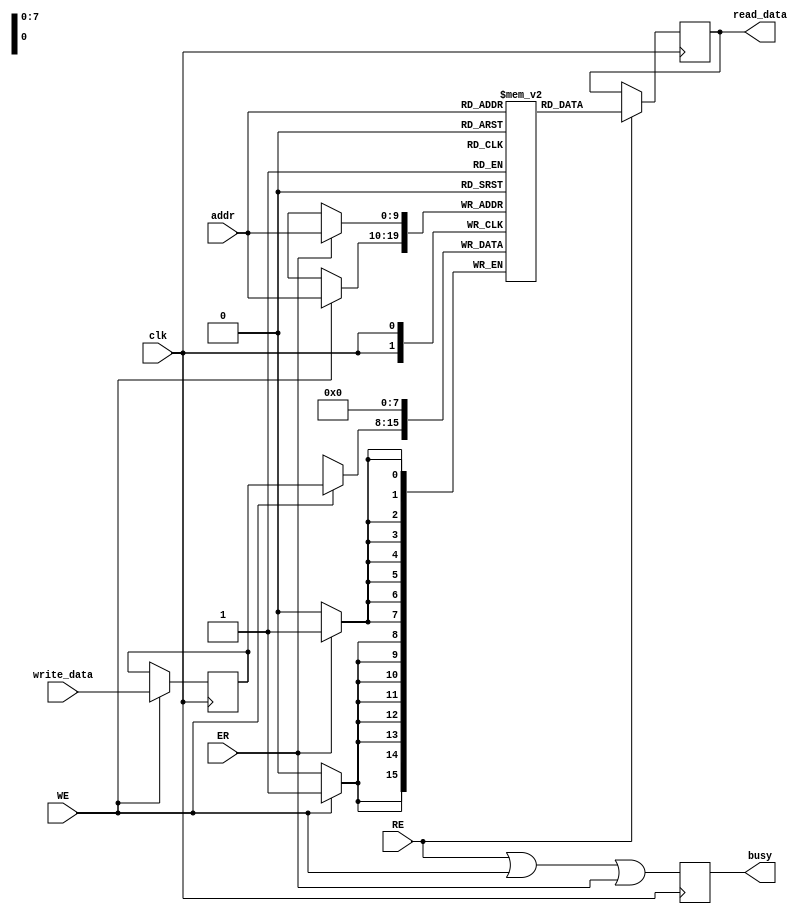
module pcm_io_block #(
    parameter DATA_WIDTH = 8,   // Data width (can be 8, 16, or 32)
    parameter ADDR_WIDTH = 10    // Address width (depends on the number of PCM cells)
)(
    input wire clk,              // Clock signal
    input wire [ADDR_WIDTH-1:0] addr, // Address lines
    input wire [DATA_WIDTH-1:0] write_data, // Data to write
    input wire RE,               // Read Enable
    input wire WE,               // Write Enable
    input wire ER,               // Erase Signal
    output reg [DATA_WIDTH-1:0] read_data, // Data read from PCM cells
    output reg busy              // Busy signal for operations
);

    // Internal storage for PCM cells (for simulation purposes)
    reg [DATA_WIDTH-1:0] pcm_memory [(2**ADDR_WIDTH)-1:0];

    // Control signals
    reg [DATA_WIDTH-1:0] write_buffer;
    wire [DATA_WIDTH-1:0] read_buffer;

    // Read Buffer
    always @(posedge clk) begin
        if (RE) begin
            read_data <= pcm_memory[addr]; // Read operation
        end
    end

    // Write Buffer Logic
    always @(posedge clk) begin
        if (WE) begin
            write_buffer <= write_data; // Store data to write buffer
            pcm_memory[addr] <= write_buffer; // Write operation
        end
    end

    // Erase Logic
    always @(posedge clk) begin
        if (ER) begin
            pcm_memory[addr] <= {DATA_WIDTH{1'b0}}; // Erase operation (reset to zero)
        end
    end

    // Busy Signal Management
    always @(posedge clk) begin
        busy <= RE | WE | ER; // Set busy if any operation is active
    end

endmodule